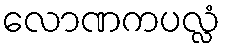
လောဏကပလ္လံ